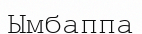
Ымбаппа